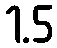
1.5